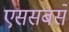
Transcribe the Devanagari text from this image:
एससबसे